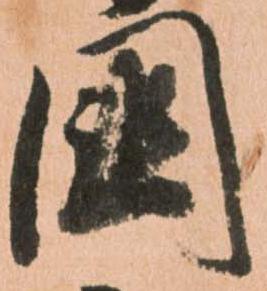
國